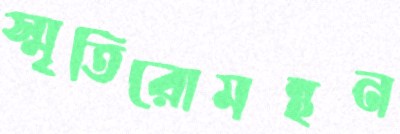
স্মৃতিরোমন্থন